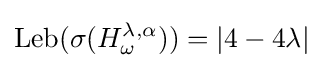
\operatorname {Leb} (\sigma (H_{\omega }^{\lambda ,\alpha }))=|4-4\lambda |